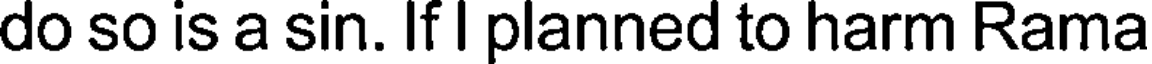
do so is a sin. If I planned to harm Rama